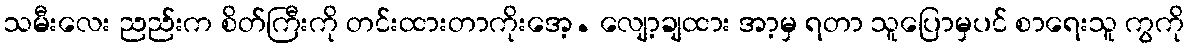
သမီးလေး ညည်းက စိတ်ကြီးကို တင်းထားတာကိုးအေ့. လျော့ချထား အာ့မှ ရတာ သူပြောမှပင် စာရေးသူ ကွကို